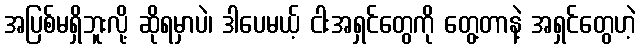
အပြစ်မရှိဘူးလို့ ဆိုရမှာပဲ၊ ဒါပေမယ့် ငါးအရှင်တွေကို တွေ့တာနဲ့ အရှင်တွေဟဲ့